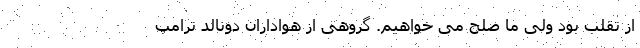
از تقلب بود ولی ما صلح می خواهیم. گروهی از هواداران دونالد ترامپ